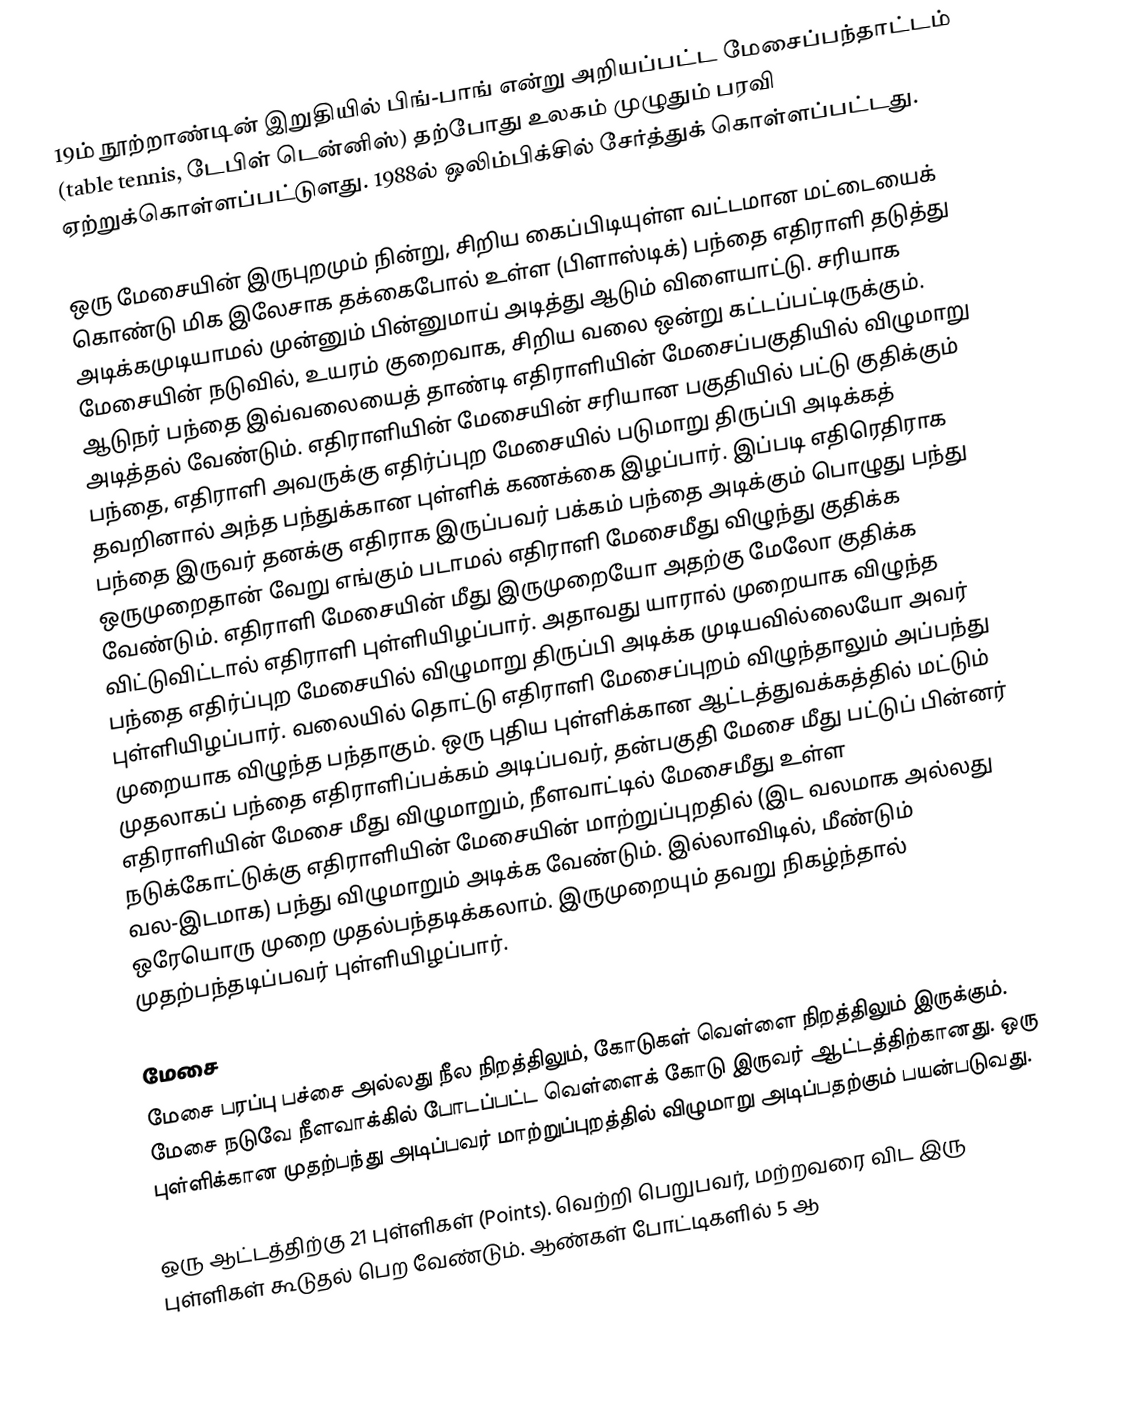
19ம் நூற்றாண்டின் இறுதியில் பிங்-பாங் என்று அறியப்பட்ட மேசைப்பந்தாட்டம் (table tennis, டேபிள் டென்னிஸ்) தற்போது உலகம் முழுதும் பரவி ஏற்றுக்கொள்ளப்பட்டுளது. 1988ல் ஒலிம்பிக்சில் சேர்த்துக் கொள்ளப்பட்டது.

ஒரு மேசையின் இருபுறமும் நின்று, சிறிய கைப்பிடியுள்ள வட்டமான மட்டையைக் கொண்டு மிக இலேசாக தக்கைபோல் உள்ள (பிளாஸ்டிக்) பந்தை எதிராளி தடுத்து அடிக்கமுடியாமல் முன்னும் பின்னுமாய் அடித்து ஆடும் விளையாட்டு. சரியாக மேசையின் நடுவில், உயரம் குறைவாக, சிறிய வலை ஒன்று கட்டப்பட்டிருக்கும். ஆடுநர் பந்தை இவ்வலையைத் தாண்டி எதிராளியின் மேசைப்பகுதியில் விழுமாறு அடித்தல் வேண்டும். எதிராளியின் மேசையின் சரியான பகுதியில் பட்டு குதிக்கும் பந்தை, எதிராளி அவருக்கு எதிர்ப்புற மேசையில் படுமாறு திருப்பி அடிக்கத் தவறினால் அந்த பந்துக்கான புள்ளிக் கணக்கை இழப்பார். இப்படி எதிரெதிராக பந்தை இருவர் தனக்கு எதிராக இருப்பவர் பக்கம் பந்தை அடிக்கும் பொழுது பந்து ஒருமுறைதான் வேறு எங்கும் படாமல் எதிராளி மேசைமீது விழுந்து குதிக்க வேண்டும். எதிராளி மேசையின் மீது இருமுறையோ அதற்கு மேலோ குதிக்க விட்டுவிட்டால் எதிராளி புள்ளியிழப்பார். அதாவது யாரால் முறையாக விழுந்த பந்தை எதிர்ப்புற மேசையில் விழுமாறு திருப்பி அடிக்க முடியவில்லையோ அவர் புள்ளியிழப்பார். வலையில் தொட்டு எதிராளி மேசைப்புறம் விழுந்தாலும் அப்பந்து முறையாக விழுந்த பந்தாகும். ஒரு புதிய புள்ளிக்கான ஆட்டத்துவக்கத்தில் மட்டும் முதலாகப் பந்தை எதிராளிப்பக்கம் அடிப்பவர், தன்பகுதி் மேசை மீது பட்டுப் பின்னர் எதிராளியின் மேசை மீது விழுமாறும், நீளவாட்டில் மேசைமீது உள்ள நடுக்கோட்டுக்கு எதிராளியின் மேசையின் மாற்றுப்புறதில் (இட வலமாக அல்லது வல-இடமாக) பந்து விழுமாறும் அடிக்க வேண்டும். இல்லாவிடில், மீண்டும் ஒரேயொரு முறை முதல்பந்தடிக்கலாம். இருமுறையும் தவறு நிகழ்ந்தால் முதற்பந்தடிப்பவர் புள்ளியிழப்பார்.

மேசை
மேசை பரப்பு பச்சை அல்லது நீல நிறத்திலும், கோடுகள் வெள்ளை நிறத்திலும் இருக்கும். மேசை நடுவே நீளவாக்கில் போடப்பட்ட வெள்ளைக் கோடு இருவர் ஆட்டத்திற்கானது. ஒரு புள்ளிக்கான முதற்பந்து அடிப்பவர் மாற்றுப்புறத்தில் விழுமாறு அடிப்பதற்கும் பயன்படுவது.

ஒரு ஆட்டத்திற்கு 21 புள்ளிகள் (Points). வெற்றி பெறுபவர், மற்றவரை விட இரு புள்ளிகள் கூடுதல் பெற வேண்டும். ஆண்கள் போட்டிகளில் 5 ஆ